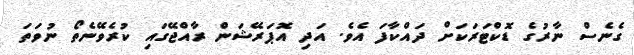
ގެނެސް ނާރުގެ ޑޮކްޓަރަކަށް ދައްކާފަ އެވެ. އަދި އޮޕަރޭޝަން ރާއްޖޭގައި ކުރެވޭނެތޯ ނުވަތަ